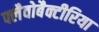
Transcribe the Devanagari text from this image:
फ्लैवोबैक्टीरिया